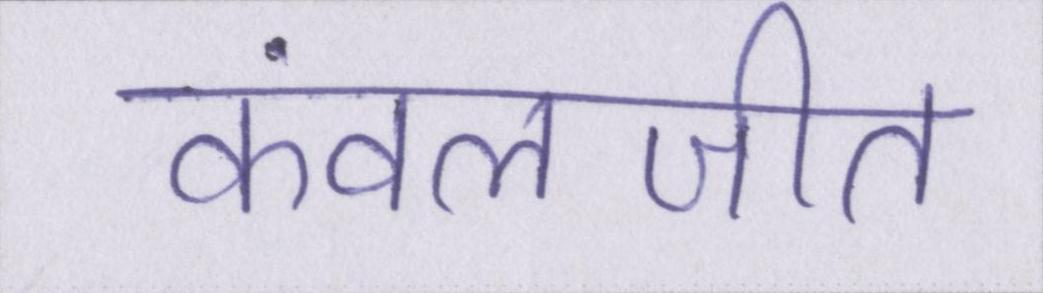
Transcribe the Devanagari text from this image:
कंवलजीत